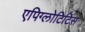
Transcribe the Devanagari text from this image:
एपिग्लोटिटिस